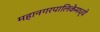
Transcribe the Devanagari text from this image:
महानगरपालिकेमध्ये